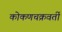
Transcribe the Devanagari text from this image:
कोकणचक्रवर्ती